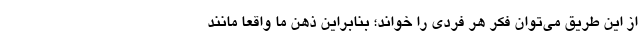
از این طریق می‌توان فکر هر فردی را خواند؛ بنابراین ذهن ما واقعاً مانند